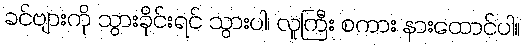
ခင်ဗျားကို သွားခိုင်းရင် သွားပါ၊ လူကြီး စကား နားထောင်ပါ။